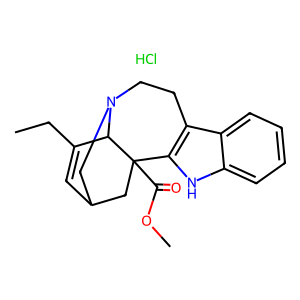
SMILES: CCC1=CC2CN3CCc4c([nH]c5ccccc45)C(C(=O)OC)(C2)C13.Cl
Inhibits HIV replication: No